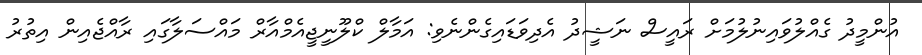
އުންމީދު ގެއްލުވައިނުލުމަށް ރައީސް ނަޝީދު އެދިވަޑައިގެންނެވި: އަމާލް ކްލޫނީޖީއެމްއާރް މައްސަލާގައި ރާއްޖެއިން އިތުރު